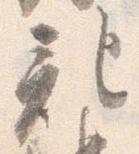
記